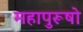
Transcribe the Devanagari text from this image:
महापुरूषो